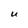
Character: U